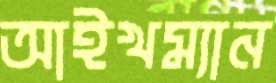
আইখম্যান